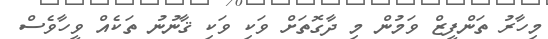
މިހާރު ތަންފީޒް ވަމުން މި ދާގޮތަށް ވަކި ވަކި ޤާނުނު ތަކެއް ވީހާވެސް